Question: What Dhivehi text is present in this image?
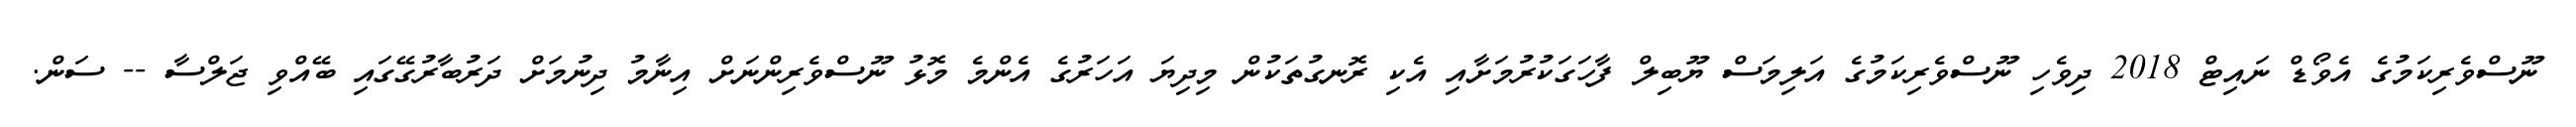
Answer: ނޫސްވެރިކަމުގެ އެވޯޑް ނައިޓް 2018 ދިވެހި ނޫސްވެރިކަމުގެ އަލިމަސް ޔޫބިލް ފާހަގަކުރުމަށާއި އެކި ރޮނގުތަކުން މިދިޔަ އަހަރުގެ އެންމެ މޮޅު ނޫސްވެރިންނަށް އިނާމު ދިނުމަށް ދަރުބާރުގޭގައި ބޭއްވި ޖަލްސާ -- ސަން.